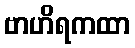
ဗာဟိရကထာ